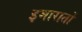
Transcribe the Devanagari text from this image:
इमारातों